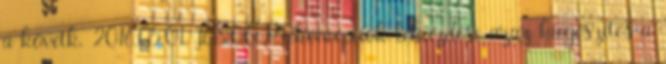
a követk. 2016.05.01. 16:00 Prekoncepciók leküzdése azaz kiegészítés a